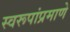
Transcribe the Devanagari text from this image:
स्वरूपांप्रमाणे